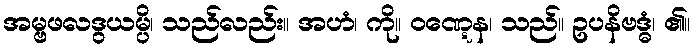
အမ္ဗဖလဒွယမ္ပိ၊ သည်လည်း။ အဟံ၊ ကို။ ဝဏ္ဋေန၊ သည်။ ဥပနိဗဒ္ဓံ၊ ၏။